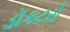
ડૉકટરો